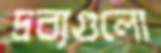
দ্রব্যগুলো